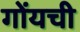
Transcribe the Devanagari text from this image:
गोंयची